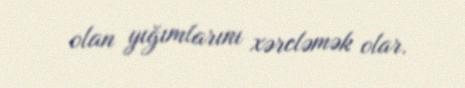
olan yığımlarını xərcləmək olar.